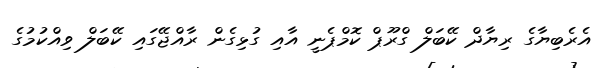
އެރެބިޔާގެ ރިޔާދް ކޭބަލް ގްރޫޕް ކޮމްޕެނީ އާއި ގުޅިގެން ރާއްޖޭގައި ކޭބަލް ވިއްކުމުގެ